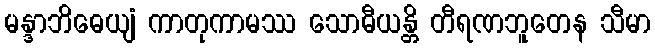
မန္ဒာဘိဓေယျံ ကာတုကာမဿ သောဓီယန္တိ တီရဏဘူတေန သီမာ